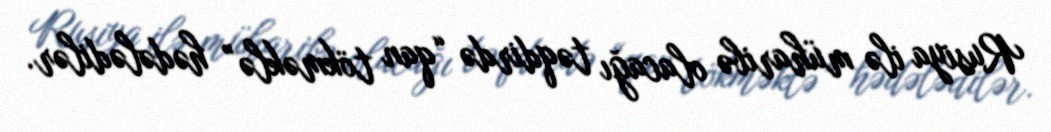
Rusiya ilə müharibə olacağı təqdirdə “qan tökməklə” hədələdilər.